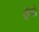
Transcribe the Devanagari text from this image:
क्षैत्रो